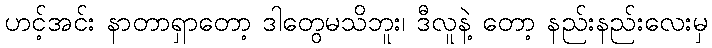
ဟင့်အင်း နာတာရှာတော့ ဒါတွေမသိဘူး၊ ဒီလူနဲ့ တော့ နည်းနည်းလေးမှ